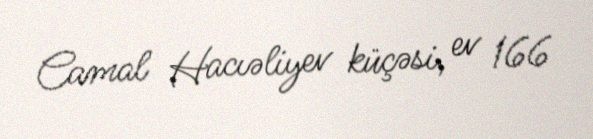
Camal Hacıəliyev küçəsi, ev 166